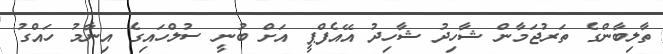
ތާލިބާންގެ ތަރުޖަމާން ޝާހިދު ޝާހިދު އޭއެފްޕީ އަށް ބުނީ ސުލްހައިގެ އިނާމު ހައްގު